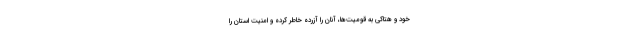
خود و هتاکی به قومیت‌ها، آنان را آزرده خاطر کرده و امنیت استان را